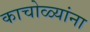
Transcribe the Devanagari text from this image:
काचोळ्यांना